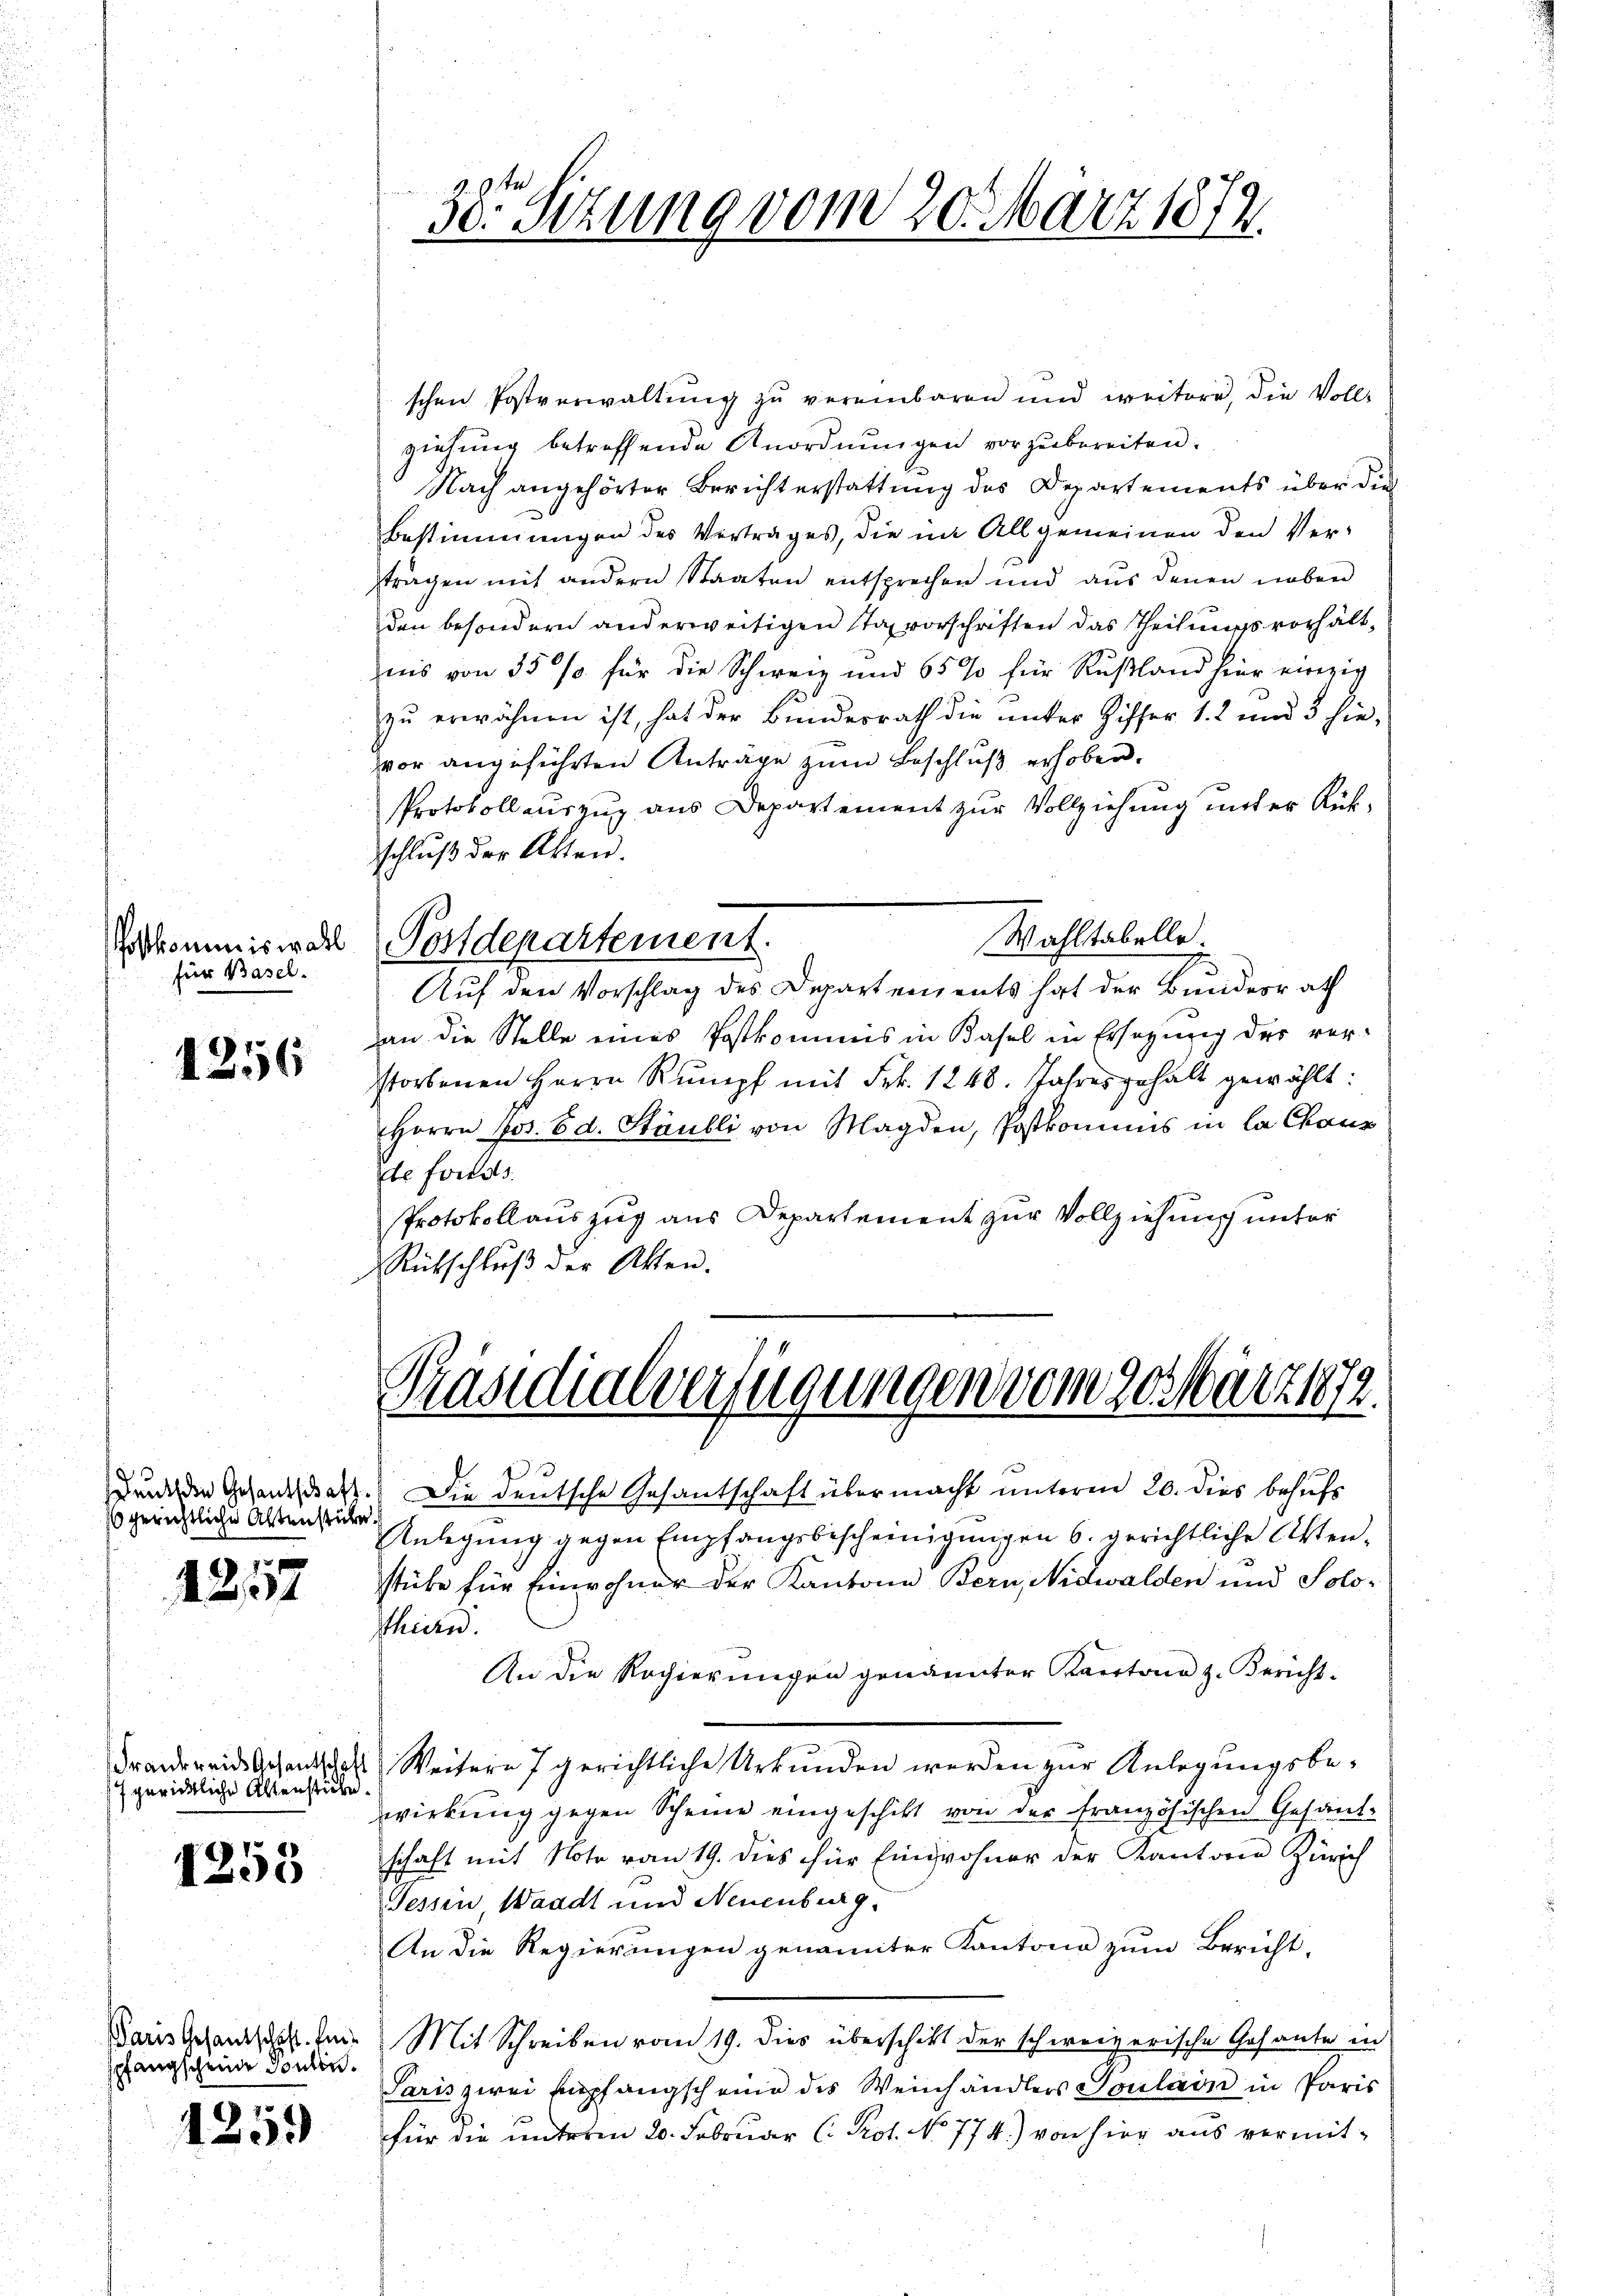
Postkommiswahl
für Basel.

1256

10 gerichtliche Altenstücke.

1257

7 gerichtliche Altenstücke.

1255

Paris Gesantschaft. Einspfangscheine Toulon.

259

schen Postverwaltung zu vereinbaren und weitere, die Voll-
ziehung betreffende Anordnungen vorzubereiten.
Nach angehörter Berichterstattung des Departements über die
Bestimmungen des Vertrages, die im Allgemeinen den Ver-
strägen mit andern Staaten entsprechen und aus denen neben
den besondern anderweitigen Staxvorschriften das Theilungsverhältnis von 35 % für die Schweiz und 65% für Rußland hier einzig
zu erwähnen ist, hat der Bundesrath die unter Ziffer 1. 2 und 3 hie-
vor angeführten Anträge zum Beschluß erhoben.
Protokollauszug aus Departement zur Vollziehung unter Rükschluß der Akten.
Wahltabelle.
Postdepartement.
Auf den Vorschlag des Departements hat der Bundesrath
an die Stelle eines Postkommis in Basel in Ersezung der ver-
storbenen Herrn Rumpf mit Frk. 1248. Jahres gehalt gewählt:
Herrn Pos. Bd. Stäubli von Magden, Postkommnis in la Chaus
te fortet.
Protokollauszug aus Departement zur Vollziehung unter
Rütschluß der Akten.

oellen
38. Sitzung vom 20. März 1872

Präsidialverfügungen vom gosart. 1872.

e
druck den Gesandschaft. Die deutsche Gesantschaft übermacht unterm 20. dies behufs
Anlegung gegen Empfangsbescheinigungen 6. gerichtliche Aktenstüke für Einwohner der Kantone Bern, Nidwalden und Solothiere.
An die Regierungen genannter Kantone z. Bericht.
drandereide schenk das Weisern 7 gerichtliche Urkunden werden zur Anlegungsbewirkung gegen Scheine eingeschikt von der Französischen Gesandschaft mit Note vom 19. dies für Einwohner der Kanton Zürich
Tessin Waadt und Neuenburg.
An die Regierungen genamter Kantone zum Bericht,
Mit Schreiben vom 19. dies überschikt der schweizerische Gesante in
Paris zwei Empfangscheine des Weinhändlers Soulain in Paris
für die unterm 20. Februar C. Prot. No 774.) von hier aus vermit-